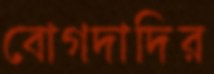
বোগদাদির